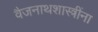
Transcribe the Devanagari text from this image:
वैजनाथशास्त्रींना